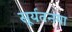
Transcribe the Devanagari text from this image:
सूर्यतनया